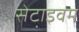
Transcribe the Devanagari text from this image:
सेटाइवम